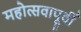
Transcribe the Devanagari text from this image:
महोत्सवापूर्वी